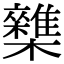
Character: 𣠛